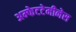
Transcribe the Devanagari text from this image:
अम्फेटटेमीनेस